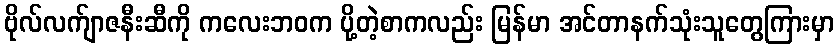
ဗိုလ်လက်ျာဇနီးဆီကို ကလေးဘဝက ပို့တဲ့စာကလည်း မြန်မာ အင်တာနက်သုံးသူတွေကြားမှာ